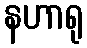
နဟာရု